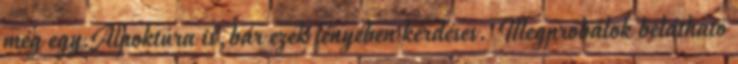
még egy Alpoktúra is,bár ezek fényében kérdéses. Megpróbálok belátható